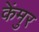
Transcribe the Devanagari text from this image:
केंमुर